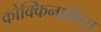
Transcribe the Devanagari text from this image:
कोक्किनाकिस